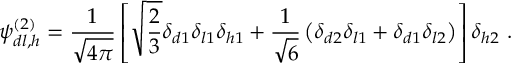
\psi _ { d l , h } ^ { ( 2 ) } = \frac { 1 } { \sqrt { 4 \pi } } \left[ \sqrt { \frac { 2 } { 3 } } \delta _ { d 1 } \delta _ { l 1 } \delta _ { h 1 } + \frac { 1 } { \sqrt { 6 } } \left( \delta _ { d 2 } \delta _ { l 1 } + \delta _ { d 1 } \delta _ { l 2 } \right) \right] \delta _ { h 2 } \ .